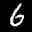
Label: 6